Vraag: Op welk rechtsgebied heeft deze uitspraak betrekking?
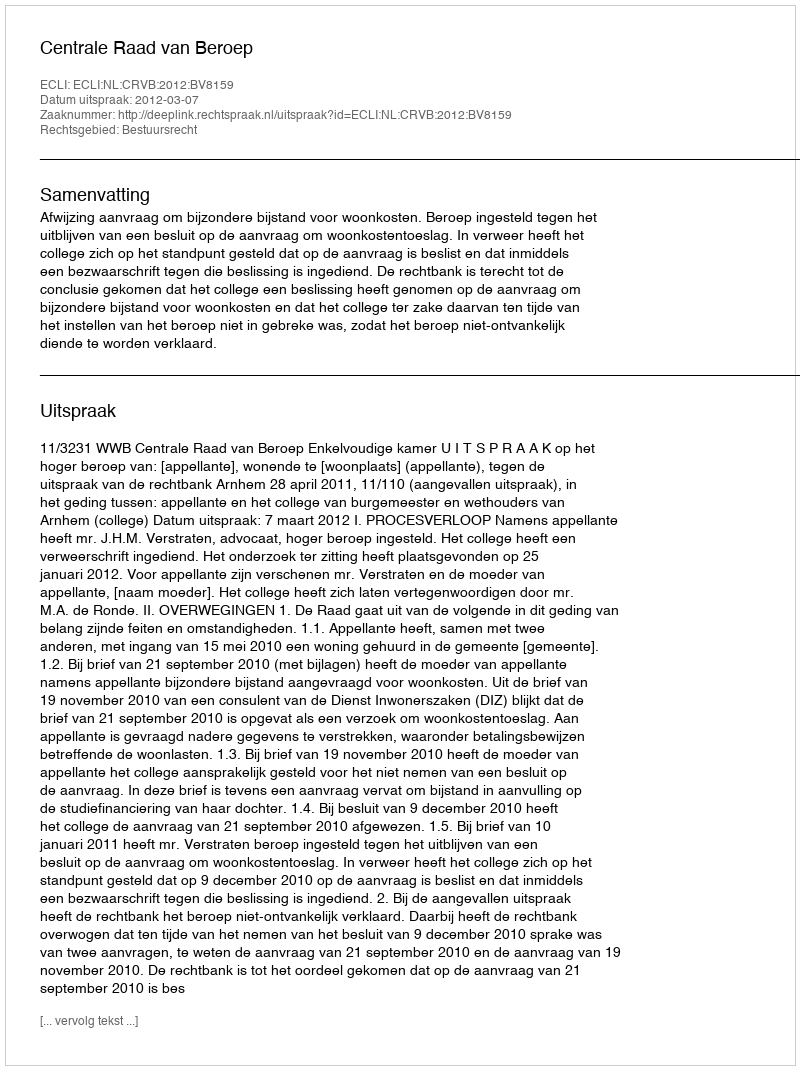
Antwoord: Bestuursrecht